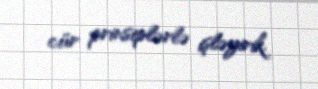
cür prinsiplərlə işləyirik.